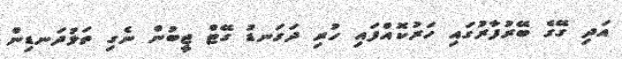
އަދި ގޭގެ ބޭރުފާރުގައި ހަރުކޮއްފައި ހުރި ދަގަނޑު ގޭޓް ޖީބުން ނެގި ތަޅުދަނޑިން